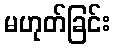
မဟုတ်ခြင်း